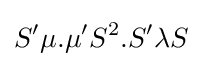
S^{\prime }\mu .\mu ^{\prime }S^{2}.S^{\prime }\lambda S